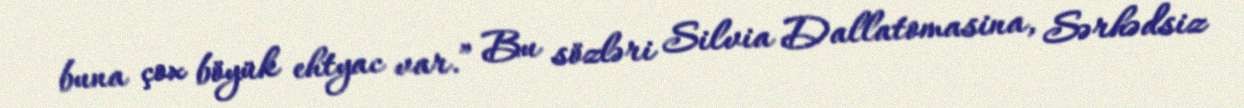
buna çox böyük ehtyac var.” Bu sözləri Silvia Dallatomasina, Sərhədsiz